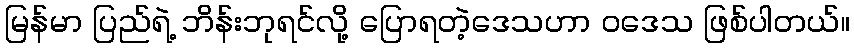
မြန်မာ ပြည်ရဲ့ ဘိန်းဘုရင်လို့ ပြောရတဲ့ဒေသဟာ ဝဒေသ ဖြစ်ပါတယ်။